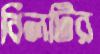
বিলটির